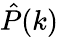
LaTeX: \hat{P}(k)